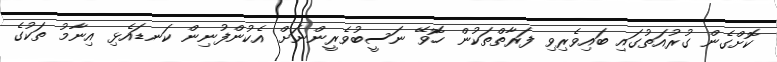
ކޮށްގެން ގުރުއަތުގައި ބައިވެރިވި ފަރާތްތަކުން ހޮވޭ ނަސީބުވެރީންނަށް އެކުންފުނިން ކަނޑައެޅި އިނާމު ތަކުގެ